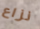
نزاع